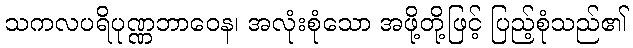
သကလပရိပုဏ္ဏဘာဝေန၊ အလုံးစုံသော အဖို့တို့ဖြင့် ပြည့်စုံသည်၏